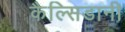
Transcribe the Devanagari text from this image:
कैल्सिडानी